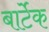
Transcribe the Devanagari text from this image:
बार्टेक